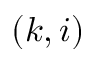
( k , i )